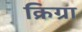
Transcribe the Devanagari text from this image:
क्रिग्रा